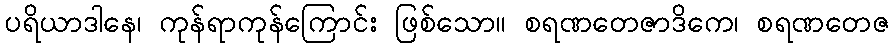
ပရိယာဒါနေ၊ ကုန်ရာကုန်ကြောင်း ဖြစ်သော။ စရဏတေဇာဒိကေ၊ စရဏတေဇ